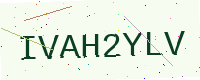
Text: IVAH2YLV